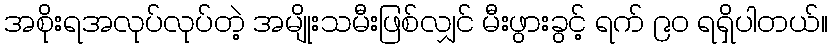
အစိုးရအလုပ်လုပ်တဲ့ အမျိုးသမီးဖြစ်လျှင် မီးဖွားခွင့် ရက် ၉၀ ရရှိပါတယ်။